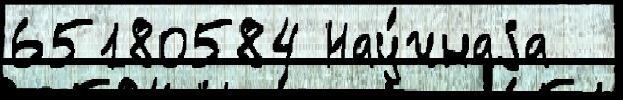
65180584 Нау́чнаjа